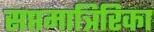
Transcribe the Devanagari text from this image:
सप्तमात्रिरिका